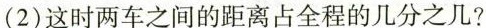
(2)这时两车之间的距离占全程的几分之几?